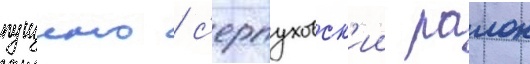
пущино / с'ерпуховск'ии раион